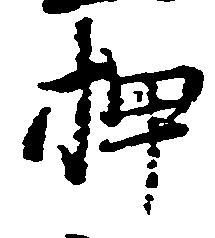
押